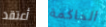
أعتقد الحاكمة